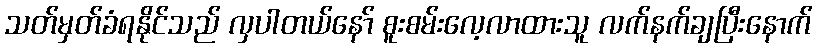
သတ်မှတ်ခံရနိုင်သည် လှပါတယ်နော် စူးစမ်းလေ့လာထားသူ လက်နက်ချပြီးနောက်